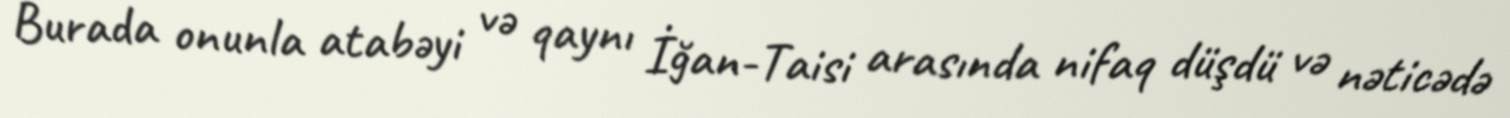
Burada onunla atabəyi və qaynı İğan-Taisi arasında nifaq düşdü və nəticədə